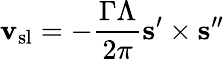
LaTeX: {\mathbf v}_{\mathrm{sl}}=-\frac{\Gamma\Lambda}{2\pi}{\mathbf s}^{\prime}\times{\mathbf s}^{\prime\prime}